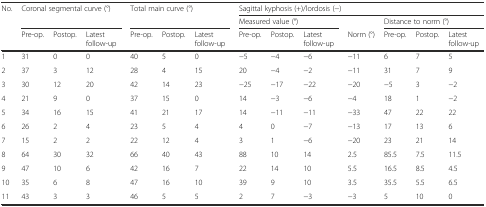
<table><thead><tr><td rowspan="3"><b>No.</b></td><td rowspan="2" colspan="3"><b>Coronal segmental curve (°)</b></td><td rowspan="2" colspan="3"><b>Total main curve (°)</b></td><td colspan="7"><b>Sagittal kyphosis (+)/lordosis (−)</b></td></tr><tr><td colspan="3"><b>Measured value (°)</b></td><td></td><td colspan="3"><b>Distance to norm (°)</b></td></tr><tr><td><b>Pre-op.</b></td><td><b>Postop.</b></td><td><b>Latest follow-up</b></td><td><b>Pre-op.</b></td><td><b>Postop.</b></td><td><b>Latest follow-up</b></td><td><b>Pre-op.</b></td><td><b>Postop.</b></td><td><b>Latest follow-up</b></td><td><b>Norm (°)</b></td><td><b>Pre-op.</b></td><td><b>Postop.</b></td><td><b>Latest follow-up</b></td></tr></thead><tbody><tr><td>1</td><td>31</td><td>0</td><td>0</td><td>40</td><td>5</td><td>0</td><td>−5</td><td>−4</td><td>−6</td><td>−11</td><td>6</td><td>7</td><td>5</td></tr><tr><td>2</td><td>37</td><td>3</td><td>12</td><td>28</td><td>4</td><td>15</td><td>20</td><td>−4</td><td>−2</td><td>−11</td><td>31</td><td>7</td><td>9</td></tr><tr><td>3</td><td>30</td><td>12</td><td>20</td><td>42</td><td>14</td><td>23</td><td>−25</td><td>−17</td><td>−22</td><td>−20</td><td>−5</td><td>3</td><td>−2</td></tr><tr><td>4</td><td>21</td><td>9</td><td>0</td><td>37</td><td>15</td><td>0</td><td>14</td><td>−3</td><td>−6</td><td>−4</td><td>18</td><td>1</td><td>−2</td></tr><tr><td>5</td><td>34</td><td>16</td><td>15</td><td>41</td><td>21</td><td>17</td><td>14</td><td>−11</td><td>−11</td><td>−33</td><td>47</td><td>22</td><td>22</td></tr><tr><td>6</td><td>26</td><td>2</td><td>4</td><td>23</td><td>5</td><td>4</td><td>4</td><td>0</td><td>−7</td><td>−13</td><td>17</td><td>13</td><td>6</td></tr><tr><td>7</td><td>15</td><td>2</td><td>2</td><td>22</td><td>12</td><td>4</td><td>3</td><td>1</td><td>−6</td><td>−20</td><td>23</td><td>21</td><td>14</td></tr><tr><td>8</td><td>64</td><td>30</td><td>32</td><td>66</td><td>40</td><td>43</td><td>88</td><td>10</td><td>14</td><td>2.5</td><td>85.5</td><td>7.5</td><td>11.5</td></tr><tr><td>9</td><td>47</td><td>10</td><td>6</td><td>42</td><td>16</td><td>7</td><td>22</td><td>14</td><td>10</td><td>5.5</td><td>16.5</td><td>8.5</td><td>4.5</td></tr><tr><td>10</td><td>35</td><td>6</td><td>8</td><td>47</td><td>16</td><td>10</td><td>39</td><td>9</td><td>10</td><td>3.5</td><td>35.5</td><td>5.5</td><td>6.5</td></tr><tr><td>11</td><td>43</td><td>3</td><td>3</td><td>46</td><td>5</td><td>5</td><td>2</td><td>7</td><td>−3</td><td>−3</td><td>5</td><td>10</td><td>0</td></tr></tbody></table>